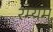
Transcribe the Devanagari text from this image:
रम्यम्